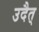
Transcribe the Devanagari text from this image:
उदैत्